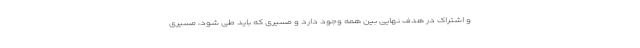
و اشتراک در هدف نهایی بین همه وجود دارد و مسیری که باید طی شود، مسیری